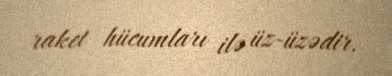
raket hücumları ilə üz-üzədir.